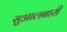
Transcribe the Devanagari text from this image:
सुआलबारी